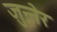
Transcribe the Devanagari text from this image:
जुन्नेर